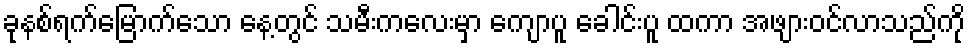
ခုနစ်ရက်မြောက်သော နေ့တွင် သမီးကလေးမှာ ကျောပူ ခေါင်းပူ ထကာ အဖျားဝင်လာသည်ကို